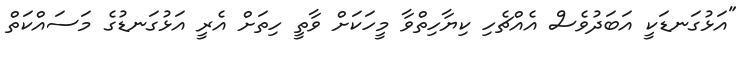
"އަޅުގަނޑަކީ އަބަދުވެސް އެއްޗެހި ކިޔާހިތްވާ މީހަކަށް ވާތީ ހިތަށް އެރީ އަޅުގަނޑުގެ މަސައްކަތް